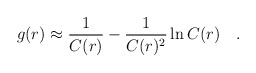
\begin{align*}g(r)\approx \frac{1}{C(r)}-\frac{1}{C(r)^2}\ln C(r)\quad . \end{align*}